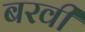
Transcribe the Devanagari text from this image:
बरवी